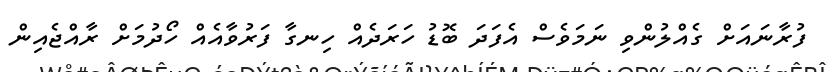
ފުރާނައަށް ގެއްލުންވި ނަމަވެސް އެފަދަ ބޮޑު ހަރަދެއް ހިނގާ ފަރުވާއެއް ހޯދުމަށް ރާއްޖެއިން